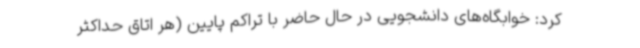
کرد: خوابگاه‌های دانشجویی در حال حاضر با تراکم پایین (هر اتاق حداکثر